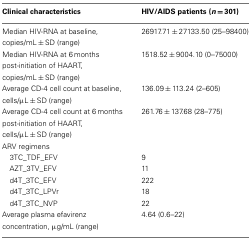
<table><thead><tr><td><b>Clinical characteristics</b></td><td><b>HIV/AIDS patients (<i>n</i> = 301)</b></td></tr></thead><tbody><tr><td>Median HIV-RNA at baseline,copies/mL ± SD (range)</td><td>26917.71 ± 27133.50 (25–98400)</td></tr><tr><td>Median HIV-RNA at 6 monthspost-initiation of HAART,copies/mL ± SD (range)</td><td>1518.52 ± 9004.10 (0–75000)</td></tr><tr><td>Average CD-4 cell count at baseline,cells/μL ± SD (range)</td><td>136.09 ± 113.24 (2–605)</td></tr><tr><td>Average CD-4 cell count at 6 monthspost-initiation of HAART,cells/μL ± SD (range)</td><td>261.76 ± 137.68 (28–775)</td></tr><tr><td>ARV regimens</td><td></td></tr><tr><td> 3TC_TDF_EFV</td><td>9</td></tr><tr><td> AZT_3TV_EFV</td><td>11</td></tr><tr><td> d4T_3TC_EFV</td><td>222</td></tr><tr><td> d4T_3TC_LPVr</td><td>18</td></tr><tr><td> d4T_3TC_NVP</td><td>22</td></tr><tr><td>Average plasma efavirenzconcentration, μg/mL (range)</td><td>4.64 (0.6–22)</td></tr></tbody></table>